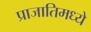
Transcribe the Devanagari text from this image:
प्राजातिमध्ये